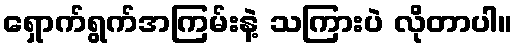
ရှောက်ရွက်အကြမ်းနဲ့ သကြားပဲ လိုတာပါ။